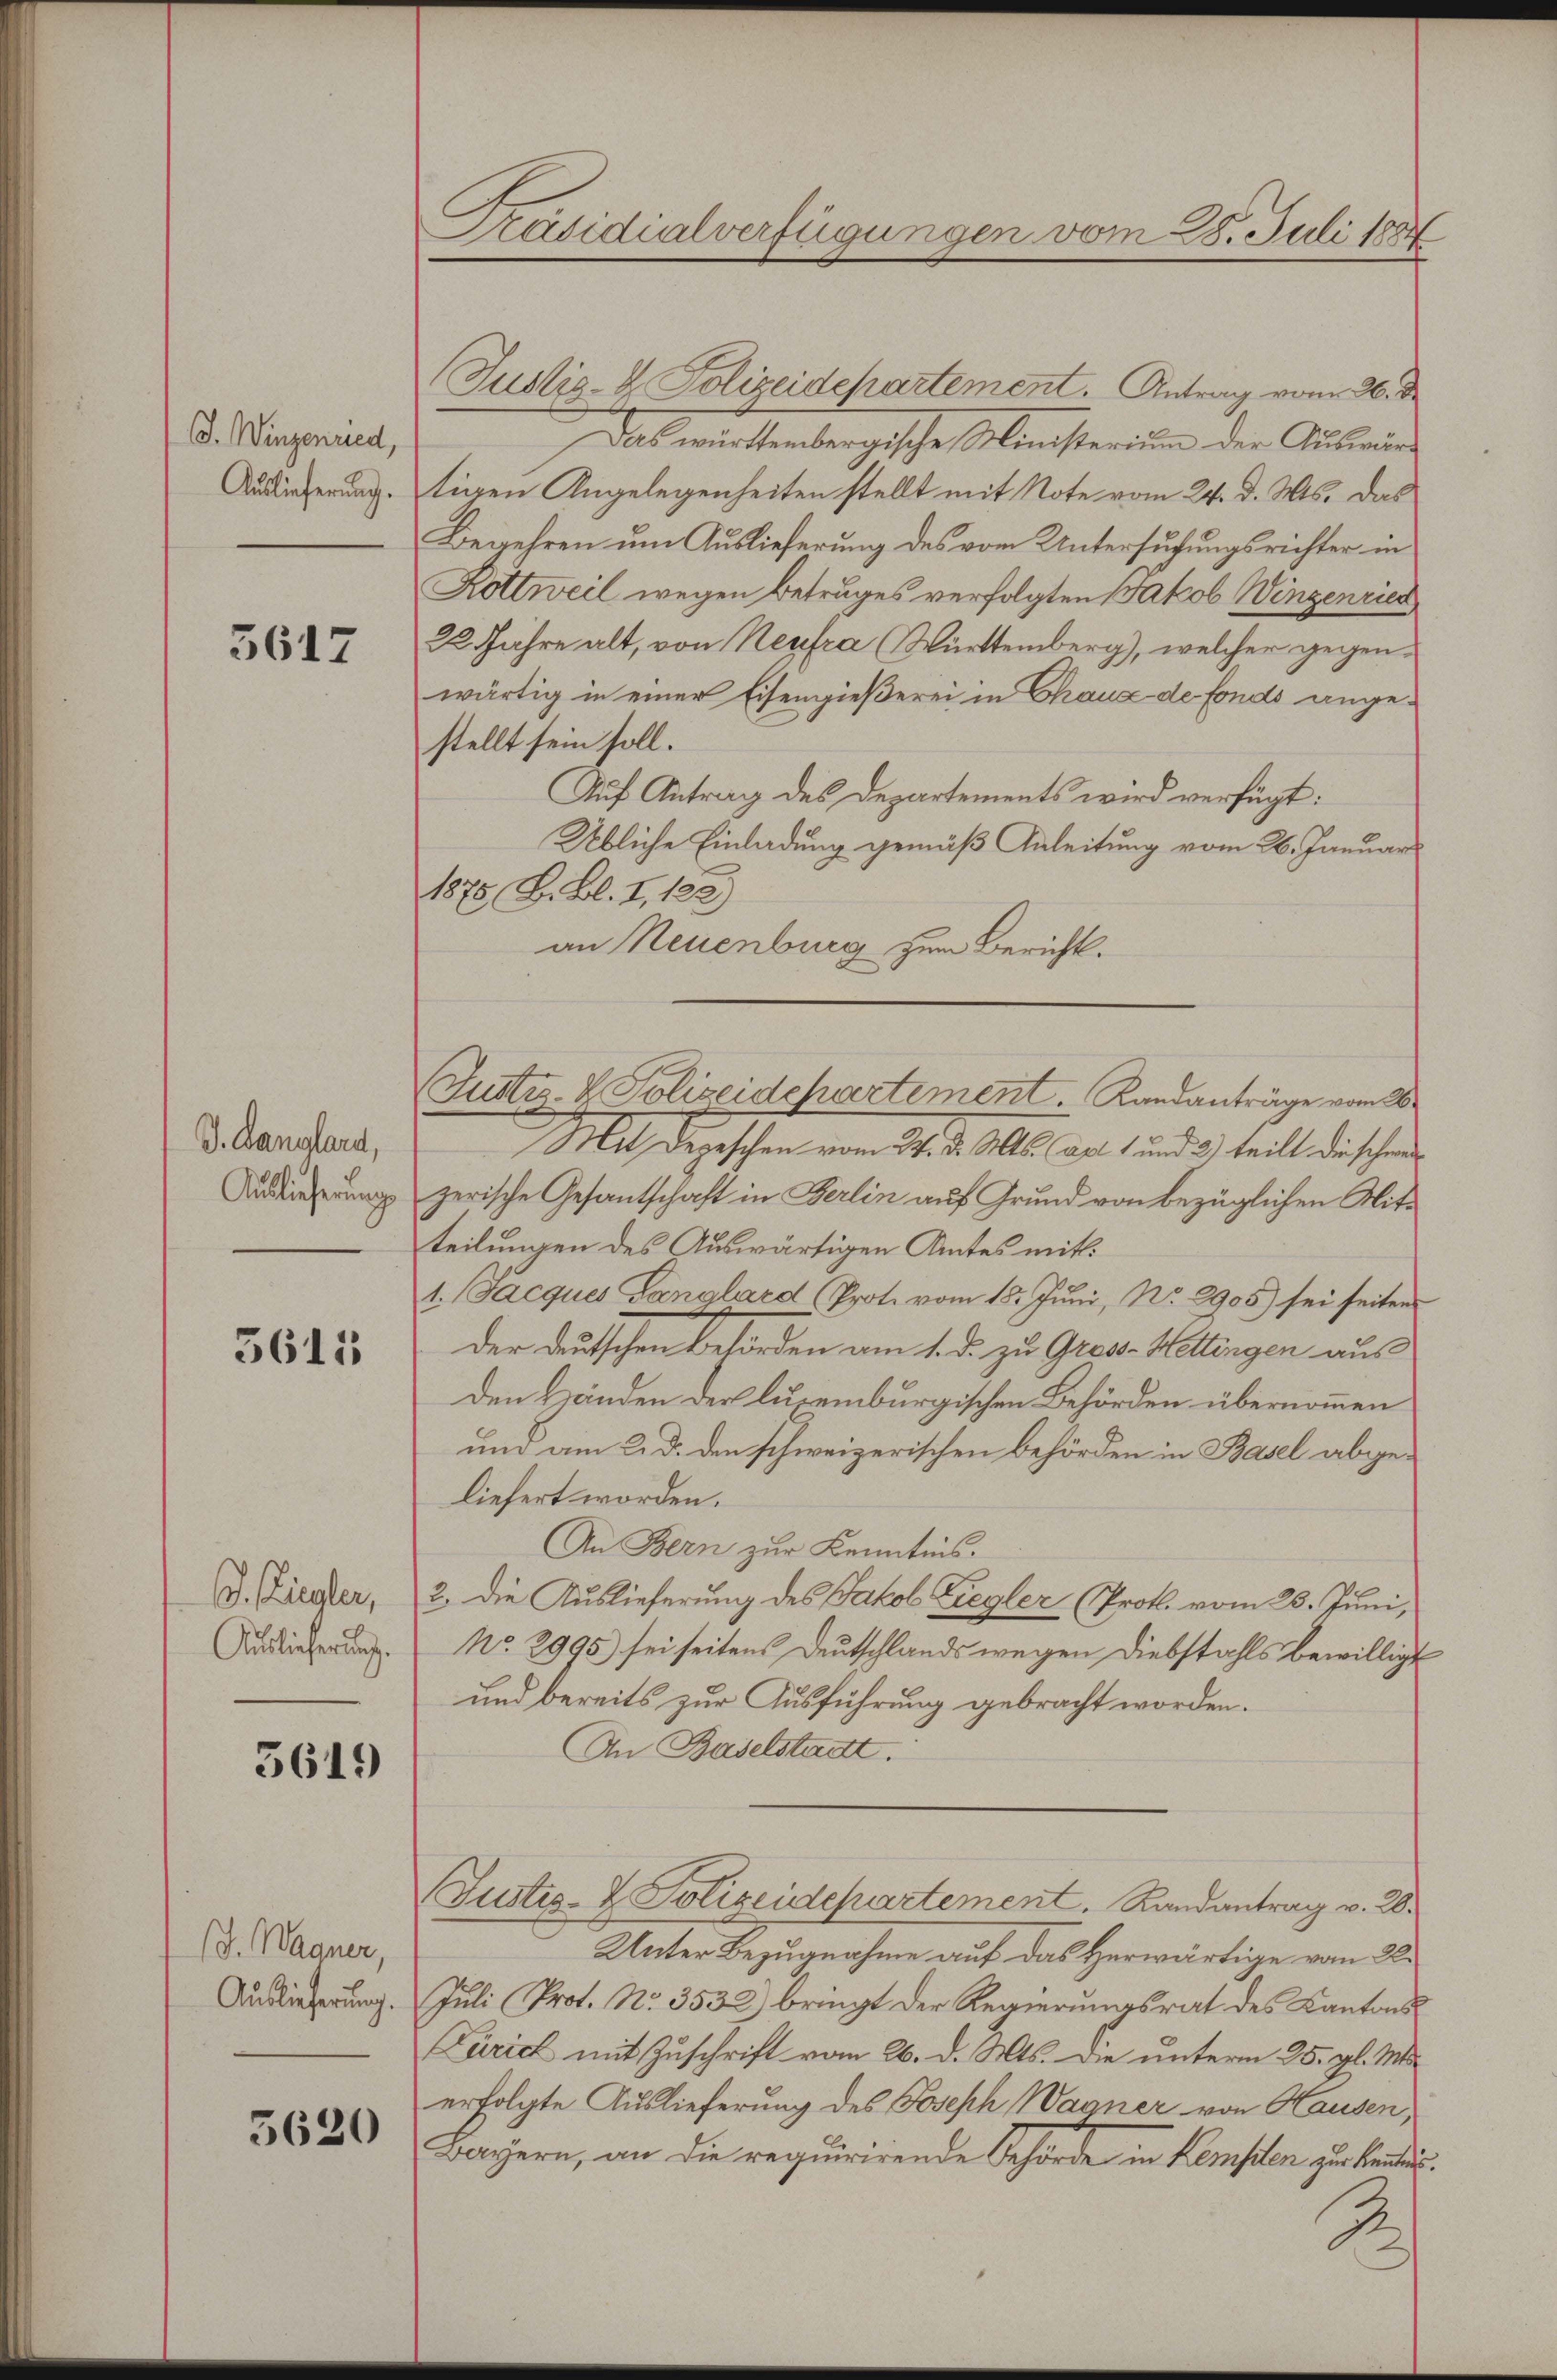
G. Winzenried,
Auslieferung.

3617

J. Danglard,
Auslieferung

5611

J. Ziegler,
Auslieferung.

5619

(J. Wagner,
Auslieferung.

5620

Präsidialverfügungen vom 28. Juli 1884

Justiz- & Polizeidepartement. Antrag vom 26. d.
Das wirktenbergische Ministerium der Ausein
tigen Angelegenheiten stellt mit Note vom 24. d. Mts. das
Begehren um Auslieferung des vom Untersuchungsrichter in
Kottweil wegen Betruges verfolgten Jakob Wingenries
22. Jahre alt, von Neufra (Württemberg), welcher gegenwärtig in einer Eisengießerei in Chaux-de fonds angestellt sein soll.
Auf Antrag des Departements wird verfügt:
Übliche Einladung gemäß Anleitung vom 26. Januar
1875 S. Bl. I, 123)
an Neuenburg zum Bericht.
Mit Depeschen vom 24. d. Mts. Art. 1 und 3) teilt die schen
zerische Gesantschaft in Berlin auf Grund von bezüglichen Mitteilungen des Auswärtigen Amtes mit:
1. (Facques Ganglard (Prote vom 15. Juni, No. 2905) sei seiten
der deutschen Behörden am 1. d. zu Gras- Wettingen ausden Händen der luxenburgischen Behörden übernommen
und am 2. d. den schweizerischen Behörden in Basel abgeliefert worden.
An Bern zur Kenntnis.
2. Die Auslieferung des Jakob Ziegler (Prot. vom 23. Juni,
No. 2995) sei seitens Deutschlands wegen Diebstahls bewilligt
und bereits zur Ausführung gebracht worden.
An Baselstadt.
Justiz- & Polizeidepartement. Landantrag v. 20.
Unter Bezugnahme auf das Herwärtige vom 2.
Juli (Prot. No. 3532) bringt der Regierungsrat des Kantons
Curich mit Zuschrift vom 26. d. Mts. Die unterm 25. gl. Mts.
erfolgte Auslieferung des Joseph Wagner von Hausen,
Bayern, an die requirirende Behörde in Kempten zur Kenntni
A

Justiz- & Polizeidepartement. Landanträge vom 26.